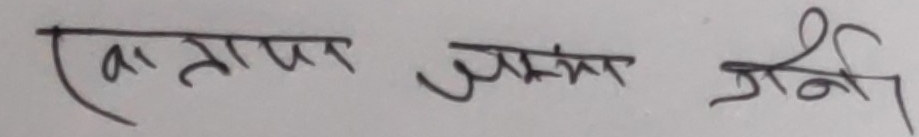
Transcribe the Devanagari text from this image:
खातामा जम्मा गर्ने